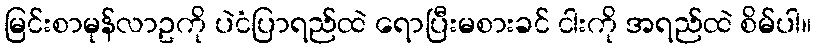
မြင်းစာမုန်လာဥကို ပဲငံပြာရည်ထဲ ရောပြီးမစားခင် ငါးကို အရည်ထဲ စိမ်ပါ။